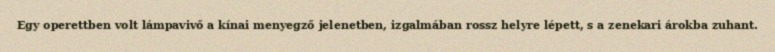
Egy operettben volt lámpavivő a kínai menyegző jelenetben, izgalmában rossz helyre lépett, s a zenekari árokba zuhant.